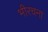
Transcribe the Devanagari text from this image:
भीरचना